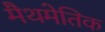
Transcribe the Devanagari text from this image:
मैथमेतिक